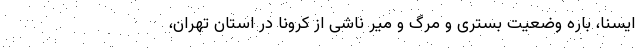
ایسنا، باره وضعیت بستری و مرگ و میر ناشی از کرونا در استان تهران،